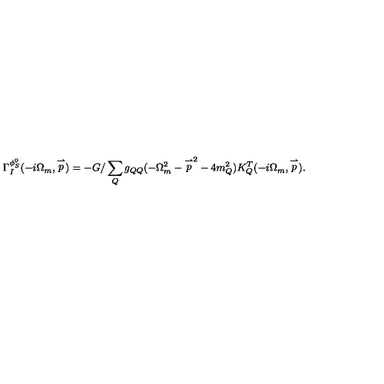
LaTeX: \Gamma _ { I } ^ { \phi _ { S } ^ { 0 } } ( - i \Omega _ { m } , \stackrel { \rightharpoonup } { p } ) = - G / \sum _ { Q } g _ { Q Q } ( - \Omega _ { m } ^ { 2 } - { \stackrel { \rightharpoonup } { p } } ^ { 2 } - 4 m _ { Q } ^ { 2 } ) K _ { Q } ^ { T } ( - i \Omega _ { m } , \stackrel { \rightharpoonup } { p } ) .